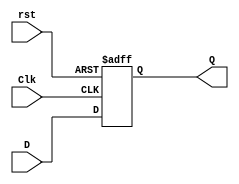
// Description of Toggle (T) flip-flop
module D_flip_flop_AR (Q, D, Clk, rst);
  output 	Q;
  input	D, Clk, rst;
  reg 	Q;

  always @ (posedge Clk, negedge rst)	
    if (rst == 0) Q <= 1'b0;
    else Q <= D;	 
endmodule

module Toggle_flip_flop_1 (Q, T, Clk, rst);
  output 	Q;
  input	T, Clk,rst;
  reg 	Q;

  always @ (posedge Clk, negedge rst)	
    if (!rst) Q <= 1'b0;
    else if (T) Q <= !Q;	 
endmodule

module Toggle_flip_flop_2 (Q, T, Clk, rst);
  output 	Q;
  input	T, Clk, rst;
  wire	DT;
  assign DT = T ^ Q;
  D_flip_flop_AR M0 (Q, DT, Clk, rst);
endmodule

module Toggle_flip_flop_3 (Q, T, Clk, rst);
  output 	Q;
  input	T, Clk, rst;
  reg 	Q;

  always @ (posedge Clk, negedge rst)	
    if (!rst) Q <= 1'b0;
    else  Q <= Q ^ T;	 
endmodule